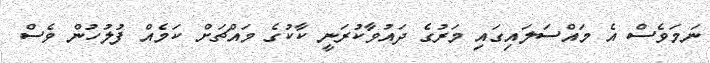
ނަމަވެސް އެ މައްސަލައިގައި މަރުގެ ދައުވާކުރަނީ ކާކުގެ މައްޗަށް ކަމެއް ފުލުހުން ވެސް